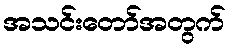
အသင်းတော်အတွက်